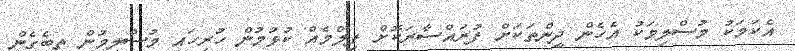
އެކަމަކު މުސްލިމަކު އެހެން ދީންތަކަށް ފުރައްސާރަކޮށް ފިލްމެއް ކުޅުމުން ހުރިހައި މުސްލިމުން ތިބެގެން